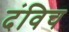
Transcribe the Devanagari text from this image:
दंविच